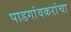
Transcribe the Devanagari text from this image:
पाडगांवकरांचा